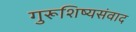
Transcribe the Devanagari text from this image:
गुरूशिष्यसंवाद